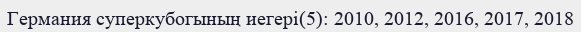
Германия суперкубогының иегері(5): 2010, 2012, 2016, 2017, 2018